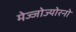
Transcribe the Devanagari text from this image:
मेज्जोज्योरनो